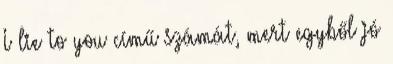
I lie to you című számát, mert egyből jó